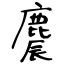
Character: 麎